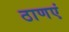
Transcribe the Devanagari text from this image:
ठाणएं